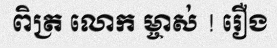
ពិត្រ លោក ម្ចាស់ ! រឿង